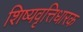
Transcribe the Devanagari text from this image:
शिष्यवृत्तिधारक